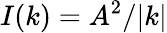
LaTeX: I(k)=A^{2}/|k|